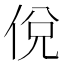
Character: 侻